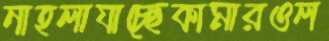
নাহলাযাচ্ছেকামারওল